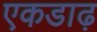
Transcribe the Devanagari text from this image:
एकडाढ़